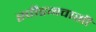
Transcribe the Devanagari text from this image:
स्वीडनवासी